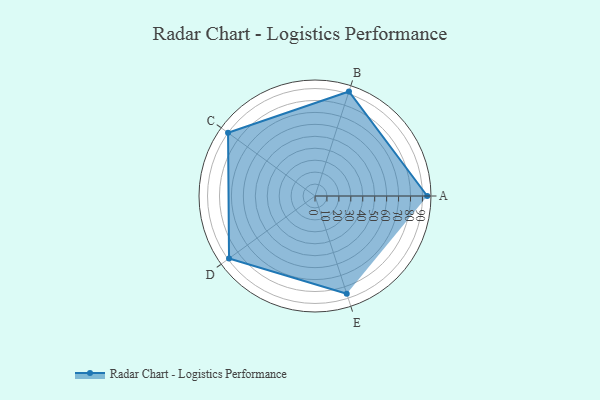
{"axis": {"x": "Skill", "y": "Score"}, "legend": ["Profile"], "data": [{"x": "A", "y": 94.0, "type": "Profile"}, {"x": "B", "y": 92.0, "type": "Profile"}, {"x": "C", "y": 90.0, "type": "Profile"}, {"x": "D", "y": 89.0, "type": "Profile"}, {"x": "E", "y": 86.0, "type": "Profile"}]}